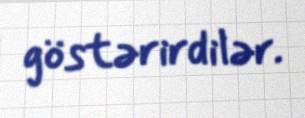
göstərirdilər.